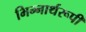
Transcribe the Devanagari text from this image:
भिन्‍नार्थरूपी